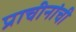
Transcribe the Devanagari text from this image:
प्राचीनांची